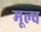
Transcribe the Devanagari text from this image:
मूल्व